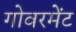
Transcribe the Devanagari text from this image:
गोवरमेंट